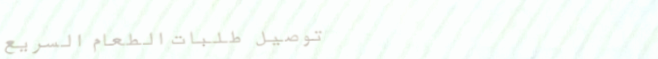
توصيل طلبات الطعام السريع